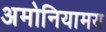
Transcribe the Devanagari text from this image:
अमोनियामय